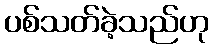
ပစ်သတ်ခဲ့သည်ဟု